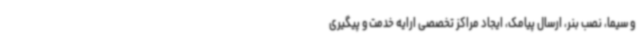
و سیما، نصب بنر، ارسال پیامک، ایجاد مراکز تخصصی ارایه خدمت و پیگیری